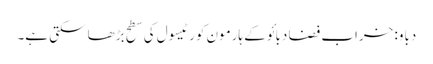
دباو: خراب فضا دبائو کے ہارمون کورٹیسول کی سطح بڑھا سکتی ہے۔